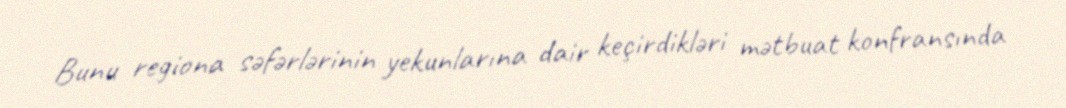
Bunu regiona səfərlərinin yekunlarına dair keçirdikləri mətbuat konfransında